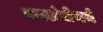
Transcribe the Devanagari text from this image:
कार्लसेनने